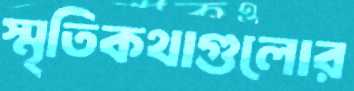
স্মৃতিকথাগুলোর